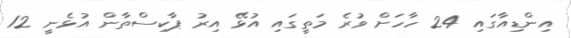
އިންޑިއާގައި 24 ހާހަށް ވުރެ މަތީގައި އުޅޭ އިރު ޕާކިސްތާން އުޅެނީ 12